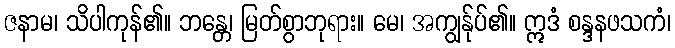
ဇနာမ၊ သိပါကုန်၏။ ဘန္တေ၊ မြတ်စွာဘုရား။ မေ၊ အကျွန်ုပ်၏။ ဣဒံ စန္ဒနဖသကံ၊